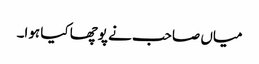
میاں صاحب نے پوچھا کیا ہوا۔